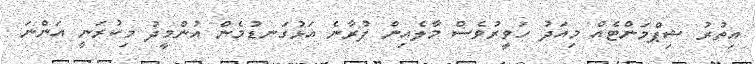
އިތުރު ޝިޕްމަންޓެއް މިއަދު ހަވީރުވެސް މާލެއިން ފުރާނެ އަޅުގަނޑުމެން އުންމީދު މިކުރަނީ އަންނަ